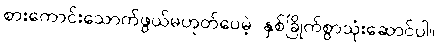
စားကောင်းသောက်ဖွယ်မဟုတ်ပေမဲ့ နှစ်ခြိုက်စွာသုံးဆောင်ပါ။